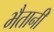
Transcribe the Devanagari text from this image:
भैतानी